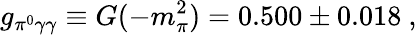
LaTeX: g_{\pi^{0}\gamma\gamma}\equiv G(-m_{\pi}^{2})=0.500\pm 0.018~,